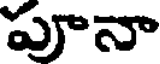
పూనా